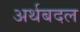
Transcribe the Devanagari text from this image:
अर्थबदल